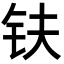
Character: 𫓧